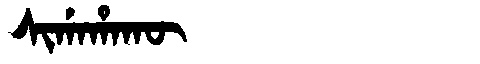
Manchu: ᠰᡳᡤᠠᡥᠠᡴᡡ
Romanization: SIGAHAKŪ